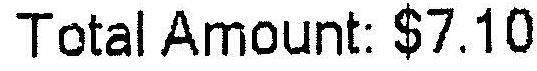
TOTAL AMOUNT: $7.10